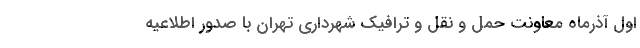
اول آذرماه معاونت حمل و نقل و ترافیک شهرداری تهران با صدور اطلاعیه